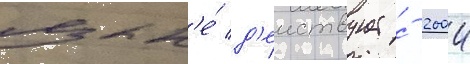
язык'е́ д'еиствует с 2004